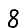
Digit: 8